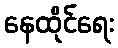
နေထိုင်ရေး